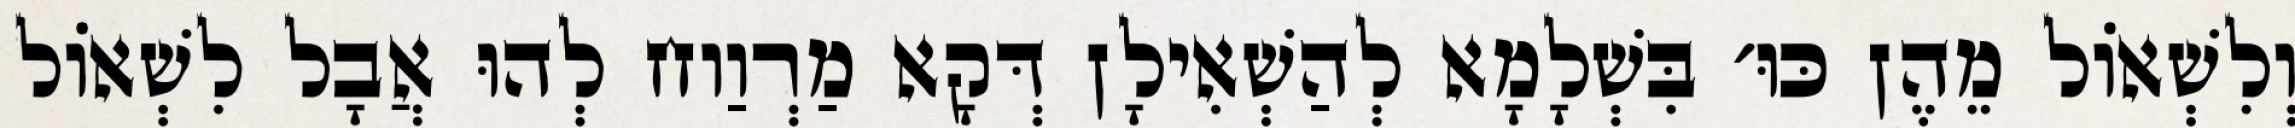
וְלִשְׁאוֹל מֵהֶן כּוּ׳ בִּשְׁלָמָא לְהַשְׁאִילָן דְּקָא מַרְוַוח לְהוּ אֲבָל לִשְׁאוֹל